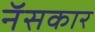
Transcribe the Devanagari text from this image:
नॅसकार